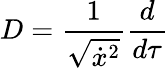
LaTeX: D=\frac 1{\sqrt{\dot{x}^{2}}}\frac d{d\tau}